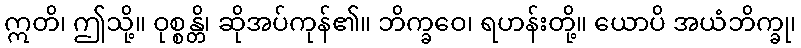
ဣတိ၊ ဤသို့။ ဝုစ္စန္တိ၊ ဆိုအပ်ကုန်၏။ ဘိက္ခဝေ၊ ရဟန်းတို့။ ယောပိ အယံဘိက္ခု၊